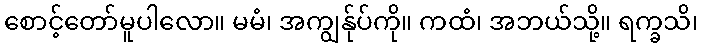
စောင့်တော်မူပါလော။ မမံ၊ အကျွန်ုပ်ကို။ ကထံ၊ အဘယ်သို့။ ရက္ခသိ၊